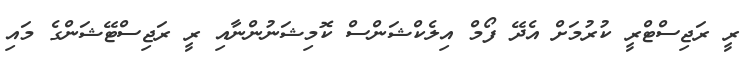
ރީ ރަޖިސްޓްރީ ކުރުމަށް އެދޭ ފޯމް އިލެކްޝަންސް ކޮމިޝަނުންނާއި ރީ ރަޖިސްޓޭޝަންގެ މައި